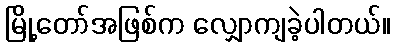
မြို့တော်အဖြစ်က လျှောကျခဲ့ပါတယ်။